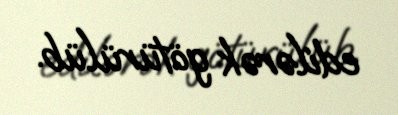
edilərək götürülüb.